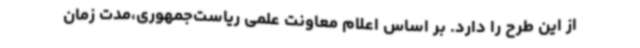
از این طرح را دارد. بر اساس اعلام معاونت علمی ریاست‌جمهوری،مدت زمان